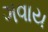
ગવાય